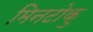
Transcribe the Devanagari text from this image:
मिनटोकु